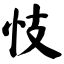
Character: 忮